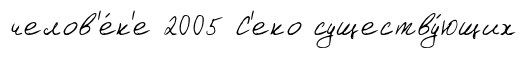
челов'е́к'е 2005 С'еко существу́ющих